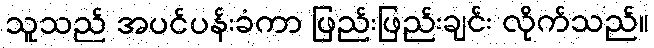
သူသည် အပင်ပန်းခံကာ ဖြည်းဖြည်းချင်း လိုက်သည်။